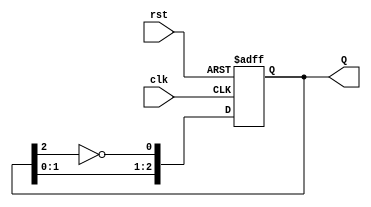
module JohnsonCounter #(parameter N = 3) (
    input wire clk,
    input wire rst,
    output reg [N-1:0] Q
);

    // Initialize the counter state
    always @(posedge clk or posedge rst) begin
        if (rst) begin
            Q <= 0; // Reset the counter to 0
        end else begin
            // Shift the counter state
            Q <= {Q[N-2:0], ~Q[N-1]}; // Shift and feedback inverted last bit
        end
    end

endmodule